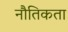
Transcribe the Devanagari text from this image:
नौतिकता